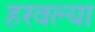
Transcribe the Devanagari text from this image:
हरवल्या